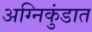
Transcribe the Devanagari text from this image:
अग्निकुंडात